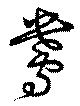
鴦